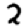
Digit: 2